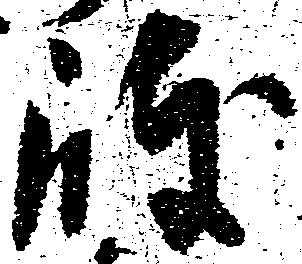
岐